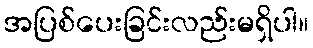
အပြစ်ပေးခြင်းလည်းမရှိပါ။